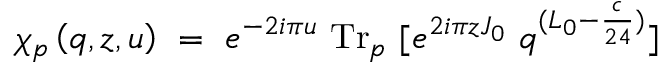
\chi _ { p } \left( q , z , u \right) ~ = ~ e ^ { - 2 i \pi u } \ \mathrm { T r } _ { p } \ [ e ^ { 2 i \pi z J _ { 0 } } \ q ^ { ( L _ { 0 } - { \frac { c } { 2 4 } } ) } ]